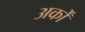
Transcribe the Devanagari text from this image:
अर्कों